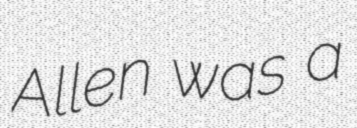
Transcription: Allen was a